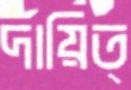
দায়িত্